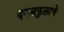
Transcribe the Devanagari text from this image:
दगडफुलाचे